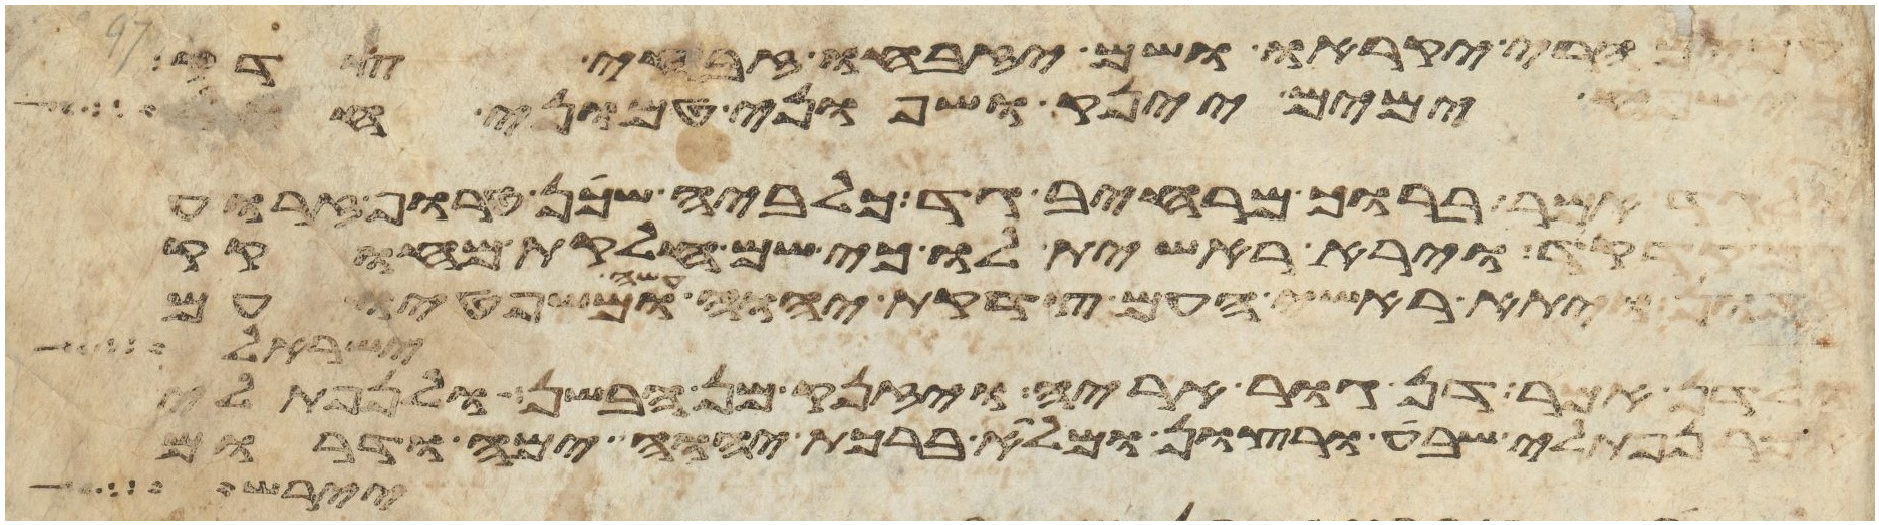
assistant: עמים הרי יקראו ושם יזבחו זבחי צדק
כי שפע ימים יינק ושפוני טמוני חול
ולגד אמר ברוך מרחיב גד כלביה שכן טרוף זרוע
גם קדקד וירא ראשית לו כי שם חלקת מחוקק
ספון ויתא ראשי העם צדקת יהוה עשה ומשפטיו עם
ישראל
ולדן אמר דן גור אריה ויזנק מן הבשן ולנפתלי
אמר נפתלי שבע ורצון ומלא ברכת יהוה ימה ודרום
יירש